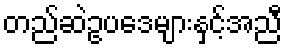
တည်ဆဲဥပဒေများနှင့်အညီ